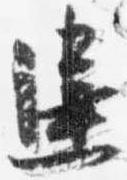
違